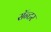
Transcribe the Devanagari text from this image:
सॅन्टर